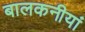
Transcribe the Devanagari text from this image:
बालकनीयां